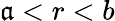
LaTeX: \mathfrak{a}<r<b